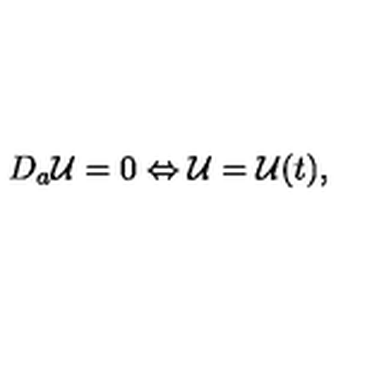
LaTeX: D _ { a } { \cal U } = 0 \Leftrightarrow { \cal U } = { \cal U } ( t ) ,